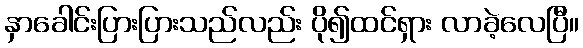
နှာခေါင်းပြားပြားသည်လည်း ပို၍ထင်ရှား လာခဲ့လေပြီ။